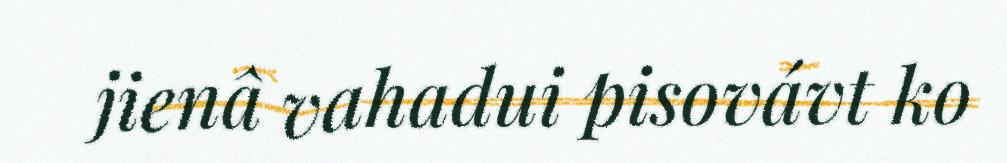
jienâ vahadui pisovávt ko